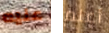
عليه أعلم